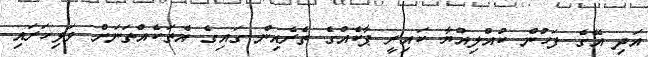
އަދި އޭގެ ފަހުން ކުއްލިއްޔާ ކައިރީ ޕާކެއްގެ ތެރެއިން ގައިގެ އެތަކެއްތަނަށް ވަޅިހަރައި